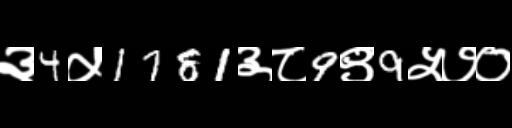
Text: ३4५1781३८9९9५७०